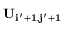
\bf { U } _ { i ^ { \prime } + 1 , j ^ { \prime } + 1 }